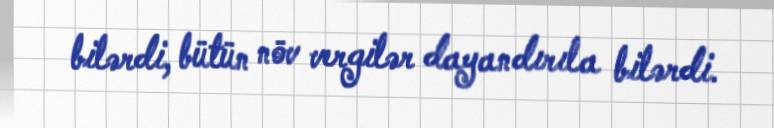
bilərdi, bütün növ vergilər dayandırıla bilərdi.